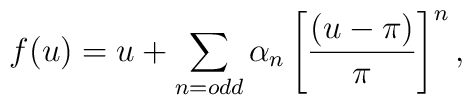
f(u) = u + \sum_{n = odd} \alpha_{n}\left[ \frac{(u-\pi )}{\pi }\right]^{n},